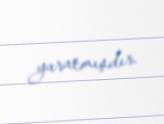
yaratmışdır.